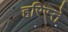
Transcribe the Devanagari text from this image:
हरिस्ते